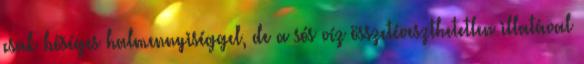
csak bőséges halmennyiséggel, de a sós víz összetéveszthetetlen illatával